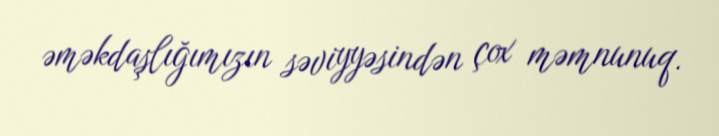
əməkdaşlığımızın səviyyəsindən çox məmnunuq.